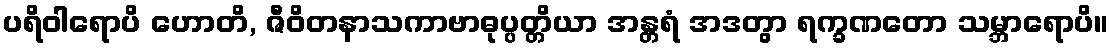
ပရိဝါရောပိ ဟောတိ, ဇီဝိတနာသကာဗာဓုပ္ပတ္တိယာ အန္တရံ အဒတွာ ရက္ခဏတော သမ္ဘာရောပိ။